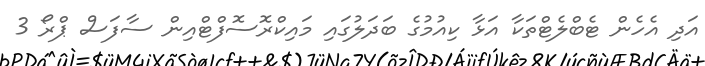
އަދި އެހެން ޓެބްލެޓްތަކާ އަޅާ ކިއުމުގެ ބަދަލުގައި މައިކްރޮސޮފްޓްއިން ސާފަސް ޕްރޯ 3